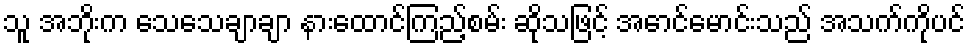
သူ အဘိုးက သေသေချာချာ နားထောင်ကြည့်စမ်း ဆိုသဖြင့် အောင်မောင်းသည် အသက်ကိုပင်